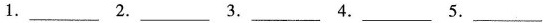
1.___2.___3.___4.___5.___